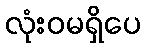
လုံးဝမရှိပေ